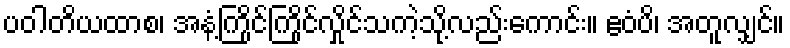
ပဝါတိယထာစ၊ အနံ့ကြိုင်ကြိုင်လှိုင်သကဲ့သို့လည်းကောင်း။ ဧဝံပိ၊ အတူလျှင်။